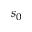
s _ { 0 }